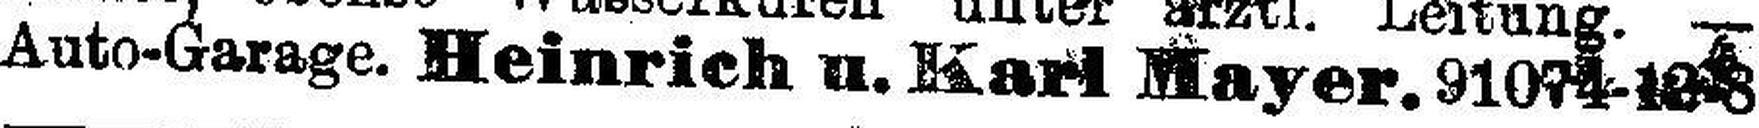
Auto-Garage. Heinrich u. Karl Mayer. 91074-1218